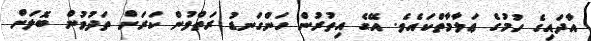
އާދައިގެ ހުމުގެ ޢަލާމާތްކައެވެ. އޭގެ އިތުރުން ހަންގަނޑު ރަތްވުން ކަރަށް ތަދުވުން ބޮލަށް